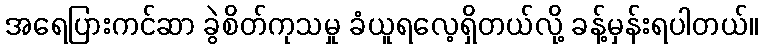
အရေပြားကင်ဆာ ခွဲစိတ်ကုသမှု ခံယူရလေ့ရှိတယ်လို့ ခန့်မှန်းရပါတယ်။